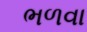
ભળવા